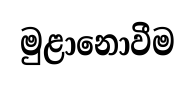
මුළානොවීම